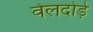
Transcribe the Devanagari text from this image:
वेलदोड़े